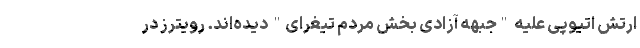
ارتش اتیوپی علیه "جبهه آزادی بخش مردم تیغرای" دیده‌اند. رویترز در